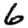
Digit: 6